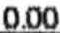
0.00